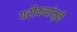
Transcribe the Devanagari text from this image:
परीकथांमुळे